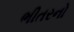
ભીતરનો